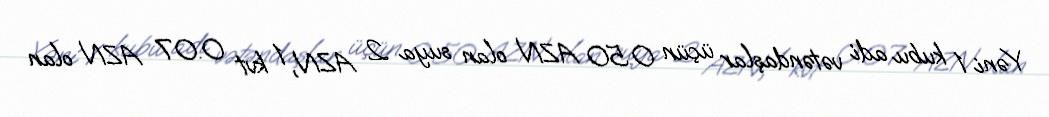
Yəni 1 kubu adi vətəndaşlar üçün 0.50 AZN olan suya 2 AZN, 1 kvt 0.07 AZN olan